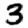
Digit: 3